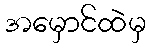
အမှောင်ထဲမှ